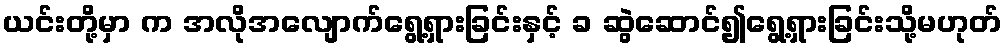
ယင်းတို့မှာ က အလိုအလျောက်ရွေ့ရှားခြင်းနှင့် ခ ဆွဲဆောင်၍ရွေ့ရှားခြင်းသို့မဟုတ်